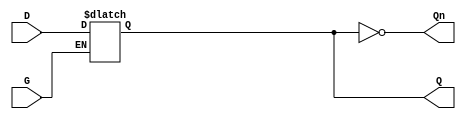
module gated_d_latch (
    input wire D,     // Data input
    input wire G,     // Gate (enable) input
    output reg Q,     // Output
    output wire Qn    // Complementary output
);

    // Complementary output
    assign Qn = ~Q;

    always @(*) begin
        if (G) begin
            Q = D;  // When G is high, Q follows D
        end
        // When G is low, Q retains its last value
    end

endmodule